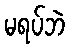
မရပ်ဘဲ